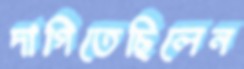
দাগিতেছিলেন